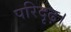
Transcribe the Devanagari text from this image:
परिदृढ़।